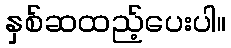
နှစ်ဆထည့်ပေးပါ။